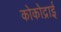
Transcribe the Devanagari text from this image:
कोकोद्राई